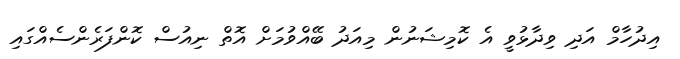
އިދުހާމް އަދި ވިދާޅުވީ އެ ކޮމިޝަނުން މިއަދު ބޭއްވުމަށް އޮތް ނިއުސް ކޮންފަރެންސެއްގައި